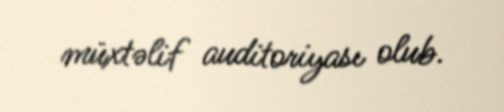
müxtəlif auditoriyası olub.